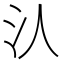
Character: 汄